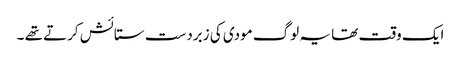
ایک وقت تھا یہ لوگ مودی کی زبردست ستائش کرتے تھے ۔